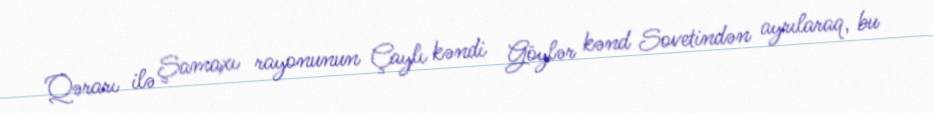
Qərarı ilə Şamaxı rayonunun Çaylı kəndi Göylər kənd Sovetindən ayrılaraq, bu